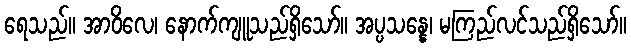
ရေသည်။ အာဝိလေ၊ နောက်ကျူသည်ရှိသော်။ အပ္ပသန္နေ၊ မကြည်လင်သည်ရှိသော်။